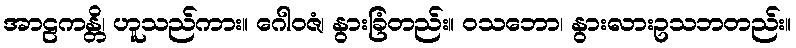
အာဠကန္တိ၊ ဟူသည်ကား။ ဂေါဝဇံ၊ နွားခြံတည်း။ ဝသဘော၊ နွားလားဥသဘတည်း။